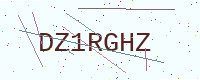
Text: DZ1RGHZ